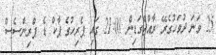
25 ވަނަ ދުވަހުގެރޭ ރާއްޖެގަޑިން 21:00 ގައި ޕެރިހުގެ ޕާކް ޑެ ޕްރިންސެސް